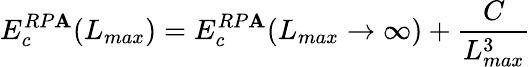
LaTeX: E_{c}^{RP\mathbf{A}}(L_{max})=E_{c}^{RP\mathbf{A}}(L_{max}\rightarrow{\infty})+\frac{{C}}{{L_{max}^{3}}}